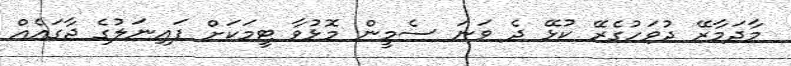
މާދަމާރޭ ދުވަހުގެރޭ ކުޅޭ ދެ ވަނަ ސެމީން މޮޅުވާ ޓީމަކަށް ފައިނަލުގެ ޖާގައެއް